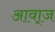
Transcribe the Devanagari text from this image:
आवा्ज